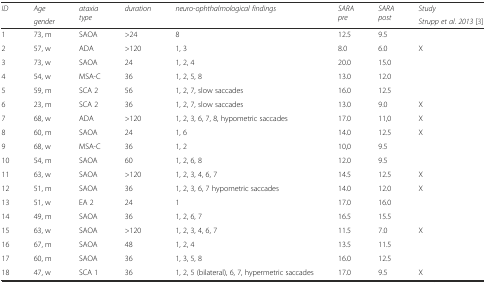
| <ROWSPAN=2> ID | Age | <ROWSPAN=2> ataxia type | <ROWSPAN=2> duration | <ROWSPAN=2> neuro-ophthalmological findings | <ROWSPAN=2> SARA pre | <ROWSPAN=2> SARA post | Study |
 | gender | Strupp et al. 2013 [3] |
 | --- | --- | --- | --- | --- | --- | --- | --- |
 | 1 | 73, m | SAOA | >24 | 8 | 12.5 | 9.5 |  |
 | 2 | 57, w | ADA | >120 | 1, 3 | 8.0 | 6.0 | X |
 | 3 | 73, w | SAOA | 24 | 1, 2, 4 | 20.0 | 15.0 |  |
 | 4 | 54, w | MSA-C | 36 | 1, 2, 5, 8 | 13.0 | 12.0 |  |
 | 5 | 59, m | SCA 2 | 56 | 1, 2, 7, slow saccades | 16.0 | 12.5 |  |
 | 6 | 23, m | SCA 2 | 36 | 1, 2, 7, slow saccades | 13.0 | 9.0 | X |
 | 7 | 68, w | ADA | >120 | 1, 2, 3, 6, 7, 8, hypometric saccades | 17.0 | 11,0 | X |
 | 8 | 60, m | SAOA | 24 | 1, 6 | 14.0 | 12.5 | X |
 | 9 | 68, w | MSA-C | 36 | 1, 2 | 10,0 | 9.5 |  |
 | 10 | 54, m | SAOA | 60 | 1, 2, 6, 8 | 12.0 | 9.5 |  |
 | 11 | 63, w | SAOA | >120 | 1, 2, 3, 4, 6, 7 | 14.5 | 12.5 | X |
 | 12 | 51, m | SAOA | 36 | 1, 2, 3, 6, 7 hypometric saccades | 14.0 | 12.0 | X |
 | 13 | 51, w | EA 2 | 24 | 1 | 17.0 | 16.0 |  |
 | 14 | 49, m | SAOA | 36 | 1, 2, 6, 7 | 16.5 | 15.5 |  |
 | 15 | 63, w | SAOA | >120 | 1, 2, 3, 4, 6, 7 | 11.5 | 7.0 | X |
 | 16 | 67, m | SAOA | 48 | 1, 2, 4 | 13.5 | 11.5 |  |
 | 17 | 60, m | SAOA | 36 | 1, 3, 5, 8 | 16.0 | 12.5 |  |
 | 18 | 47, w | SCA 1 | 36 | 1, 2, 5 (bilateral), 6, 7, hypermetric saccades | 17.0 | 9.5 | X |